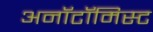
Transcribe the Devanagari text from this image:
अनॉटॉमिस्ट